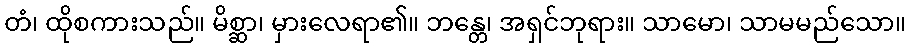
တံ၊ ထိုစကားသည်။ မိစ္ဆာ၊ မှားလေရာ၏။ ဘန္တေ၊ အရှင်ဘုရား။ သာမော၊ သာမမည်သော။